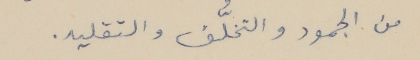
من الجمود والتخلُّف والتقليد.